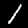
Digit: 1